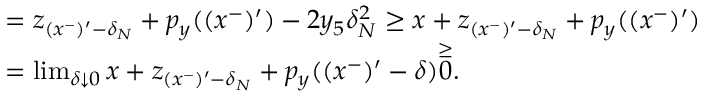
\begin{array} { r l } & { = z _ { ( x ^ { - } ) ^ { \prime } - \delta _ { N } } + p _ { y } ( ( x ^ { - } ) ^ { \prime } ) - 2 y _ { 5 } \delta _ { N } ^ { 2 } \geq x + z _ { ( x ^ { - } ) ^ { \prime } - \delta _ { N } } + p _ { y } ( ( x ^ { - } ) ^ { \prime } ) } \\ & { = \operatorname* { l i m } _ { \delta \downarrow 0 } x + z _ { ( x ^ { - } ) ^ { \prime } - \delta _ { N } } + p _ { y } ( ( x ^ { - } ) ^ { \prime } - \delta ) \overset { \geq } 0 . } \end{array}